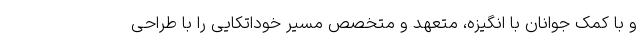
و با کمک جوانان با انگیزه، متعهد و متخصص مسیر خوداتکایی را با طراحی